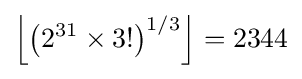
{\Big \lfloor }{\big (}2^{31}\times 3!{\big )}^{1/3}{\Big \rfloor }=2344